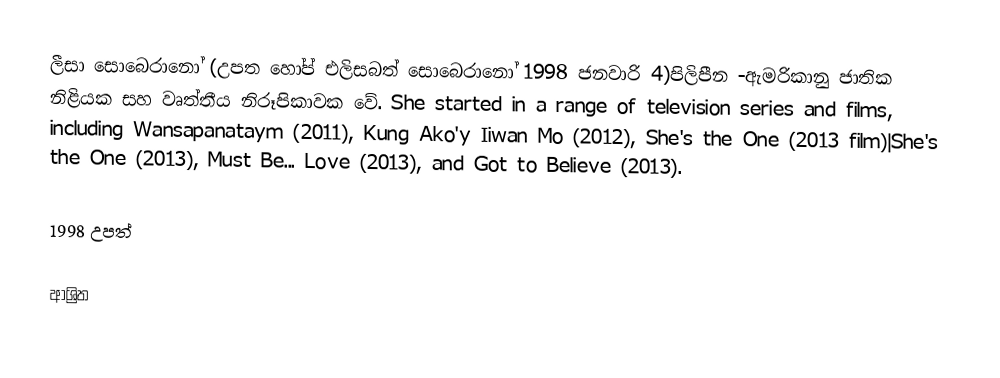
ලීසා සොබෙරානෝ (උපත හෝප් එලිසබත් සොබෙරානෝ 1998 ජනවාරි 4)පිලිපීන -ඇමරිකානු ජාතික නිළියක සහ වෘත්තීය නිරූපිකාවක වේ. She started in a range of television series and films, including Wansapanataym (2011), Kung Ako'y Iiwan Mo (2012), She's the One (2013 film)|She's the One (2013), Must Be... Love (2013), and Got to Believe (2013).

1998 උපත්

ආශ්‍රිත